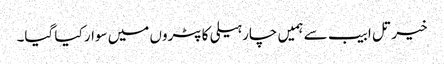
خیر تل ابیب سے ہمیں چار ہیلی کاپٹروں میں سوار کیا گیا۔